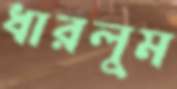
ধারলুম